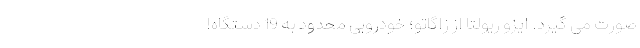
صورت می گیرد. ایزو ریولتا از زاگاتو؛ خودرویی محدود به 19 دستگاه!